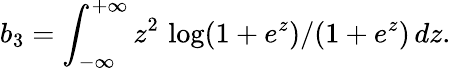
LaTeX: b_{3}=\int_{-\infty}^{+\infty}z^{2}\, \log(1+e^{z})/(1+e^{z})\, dz.